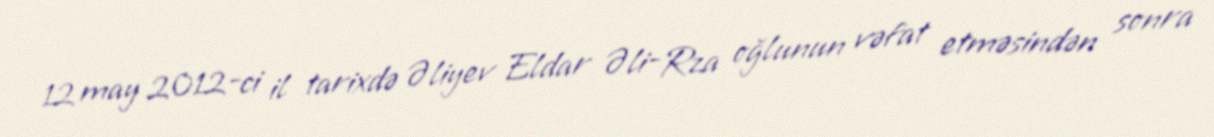
12 may 2012-ci il tarixdə Əliyev Eldar Əli-Rza oğlunun vəfat etməsindən sonra